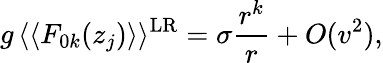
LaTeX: g\, \langle\langle F_{0k}(z_{j})\rangle\rangle^{\mathrm{LR}}=\sigma\frac{r^{k}}{r}+O(v^{2}),